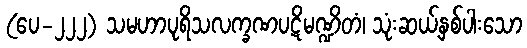
(ပေ-၂၂၂) သမဟာပုရိသလက္ခဏပဋိမဏ္ဍိတံ၊ သုံးဆယ့်နှစ်ပါးသော